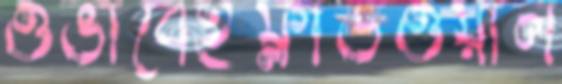
ওভাবেইফ্লাডওয়াল